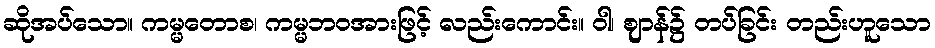
ဆိုအပ်သော။ ကမ္မတောစ၊ ကမ္မဘဝအားဖြင့် လည်းကောင်း။ ဝါ၊ ဈာန်၌ တပ်ခြင်း တည်းဟူသော